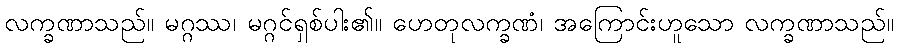
လက္ခဏာသည်။ မဂ္ဂဿ၊ မဂ္ဂင်ရှစ်ပါး၏။ ဟေတုလက္ခဏံ၊ အကြောင်းဟူသော လက္ခဏာသည်။